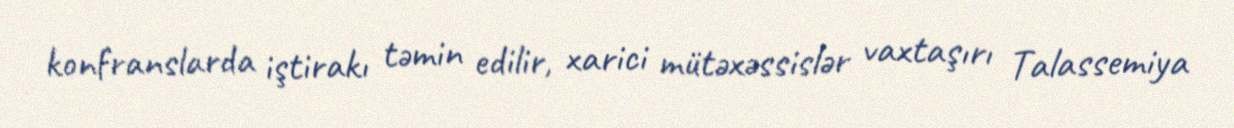
konfranslarda iştirakı təmin edilir, xarici mütəxəssislər vaxtaşırı Talassemiya